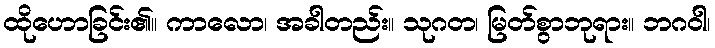
ထိုဟောခြင်း၏။ ကာလော၊ အခါတည်း။ သုဂတ၊ မြတ်စွာဘုရား။ ဘဂဝါ၊